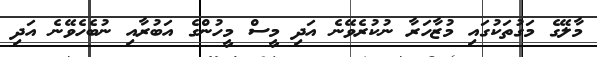
މާލޭގެ މަގުތަކުގައި މުޒާހަރާ ނުކުރެވޭނެ އަދި މީސް މީހުންގެ އަބުރާއި ނުބެހެވޭނެ އަދި